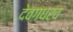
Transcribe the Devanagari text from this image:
देवगंधर्व